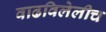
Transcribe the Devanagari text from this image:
वाढविलेलीच